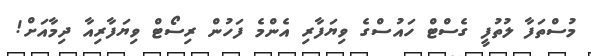
މުސްތަފާ ލުތުފީ ގެސްޓް ހައުސްގެ ވިޔަފާރި އެންމެ ފަހުން ރިސޯޓް ވިޔަފާރިއާ ދިމާއަށް!